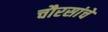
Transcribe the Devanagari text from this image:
चौरसांचे